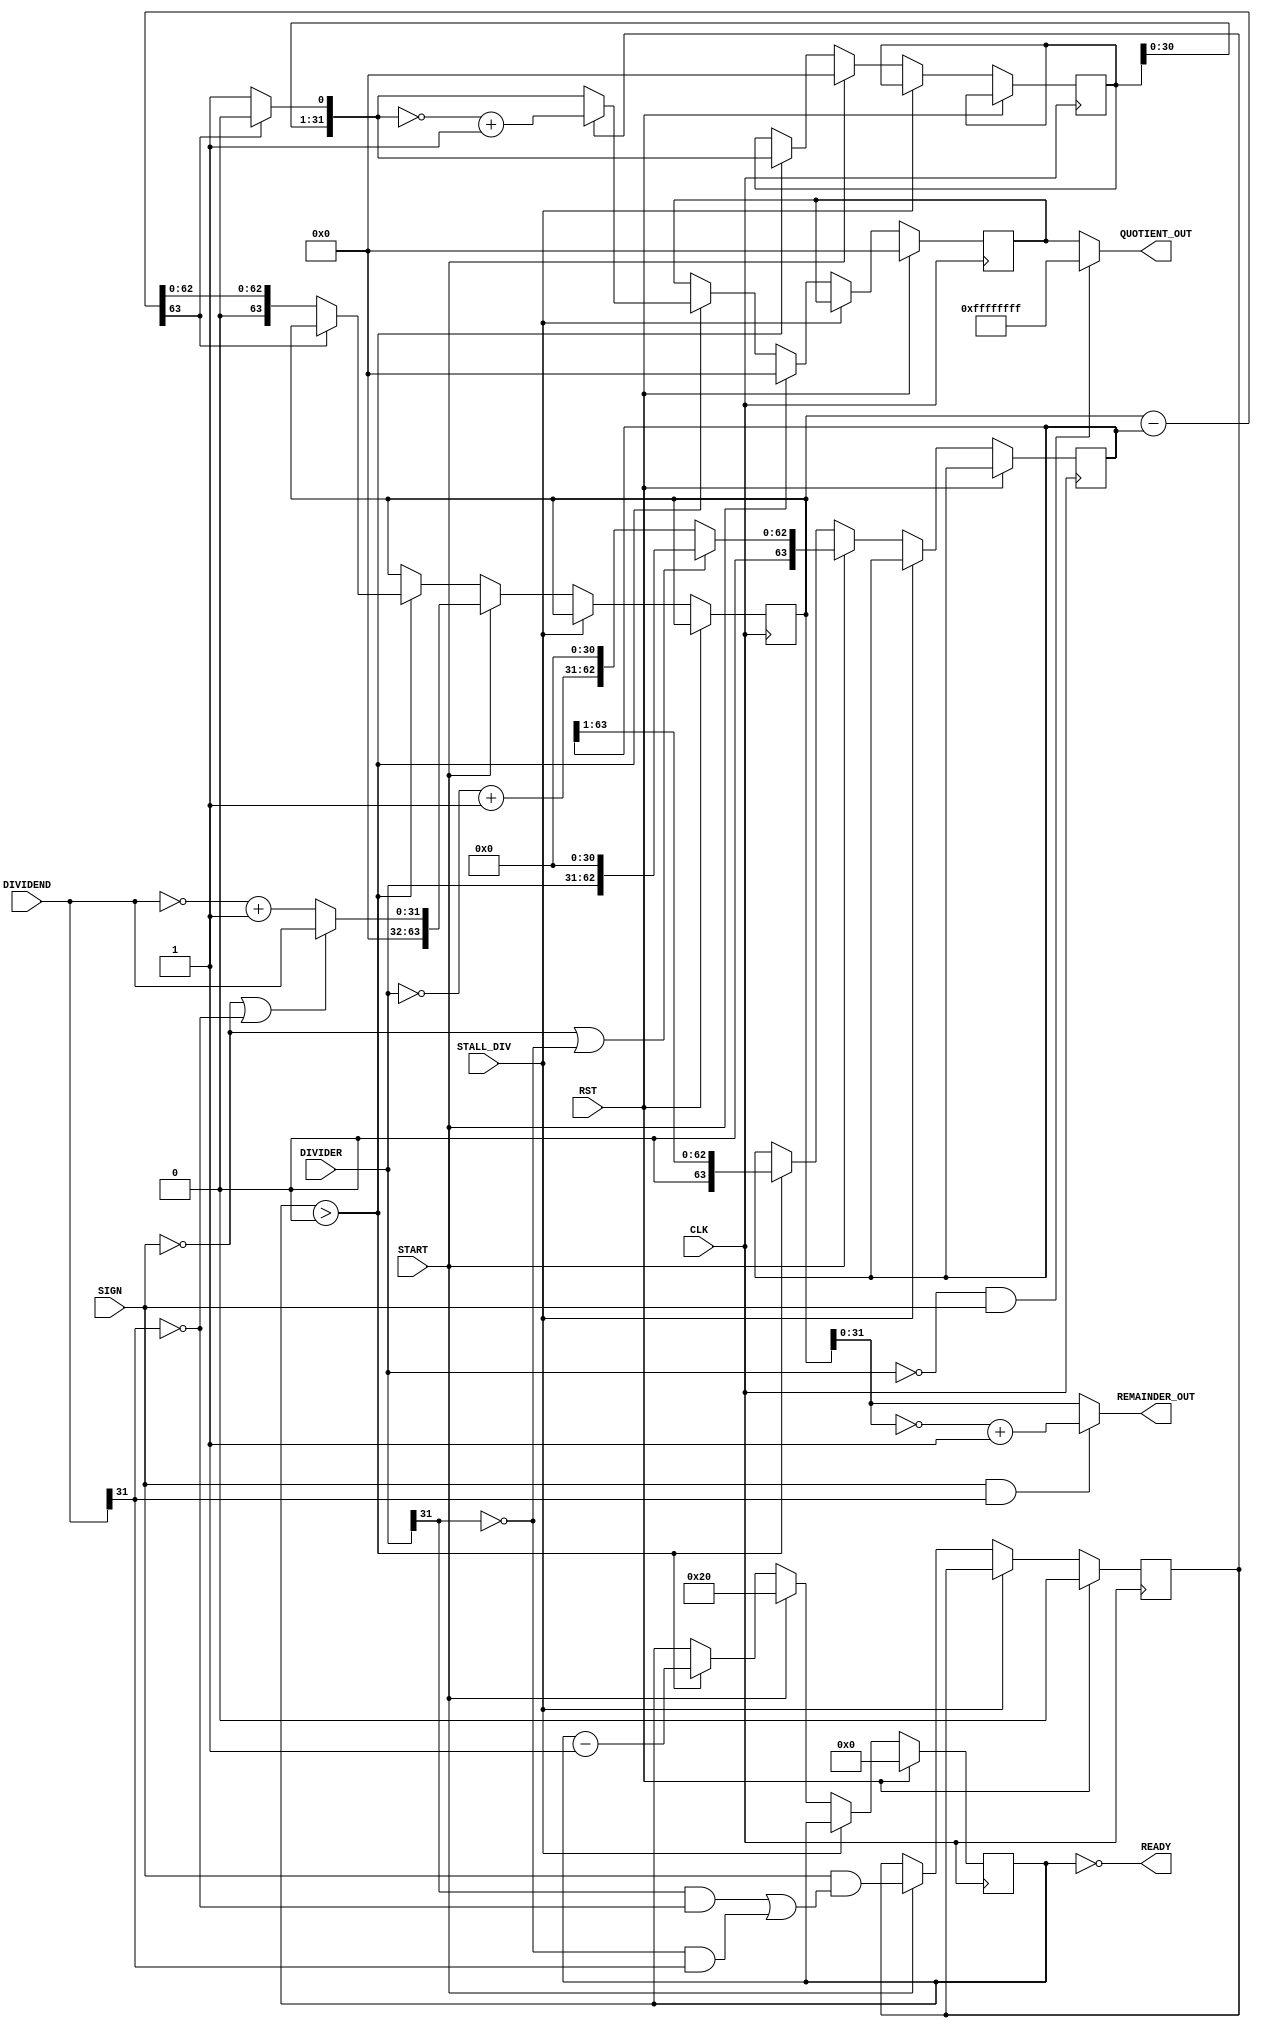
`timescale 1ns / 1ps
//////////////////////////////////////////////////////////////////////////////////
// Company: 
// 
// Design Name: 
// Module Name: Multiplication
// Project Name: 
// Target Devices: 
// Tool Versions: 
// Description: 
// 
// Dependencies: 
// 
// Revision:
// Revision 0.01 - File Created
// Additional Comments:
// 
//////////////////////////////////////////////////////////////////////////////////


module Division #(
        parameter INPUT_WIDTH   =   32
    ) (
        input                                       CLK                                 ,
        input                                       RST                                 ,
        input                                       STALL_DIV                           ,
        input                                       START                               ,
        input                                       SIGN                                ,
        input   [INPUT_WIDTH - 1            :0]     DIVIDEND                            ,
        input   [INPUT_WIDTH - 1            :0]     DIVIDER                             ,
        output  [INPUT_WIDTH - 1            :0]     QUOTIENT_OUT                        ,
        output  [INPUT_WIDTH - 1            :0]     REMAINDER_OUT                       ,
        output                                      READY               
    );

        reg     [INPUT_WIDTH - 1            :0]     quotient                            ;
        reg     [INPUT_WIDTH - 1            :0]     quotient_temp                       ;
        wire     [INPUT_WIDTH - 1            :0]     quotient_shift                      ;
        wire     [INPUT_WIDTH - 1            :0]     quotient_temp_wire                       ;
        reg     [2*INPUT_WIDTH - 1          :0]     dividend_copy                       ;
        reg     [2*INPUT_WIDTH - 1          :0]     divider_copy                        ;
    //    wire     [2*INPUT_WIDTH - 1          :0]     divider_copy_wire                        ;
        wire     [2*INPUT_WIDTH - 1          :0]     diff                                ;
        reg                                         negative_output                     ;
        
        reg     [$clog2(INPUT_WIDTH)        :0]     bit_reg                                 ;

   
        assign  READY = !bit_reg                                                            ;

        initial
        begin
       
        end

        always @( posedge CLK ) 
        begin
            if(RST) begin
                bit_reg         <=0;
                quotient        <= 0                                 ;
                // bit_reg         <= 0                                 ;
                negative_output <= 0                                 ;
            end
            else if(!STALL_DIV)
            begin
                if( START ) 
                begin
                    bit_reg             <= 1 << ( $clog2(INPUT_WIDTH)  ) ;
                    quotient        <= 0;
                    quotient_temp   <= 0;
                    dividend_copy   <= (!SIGN || !DIVIDEND[INPUT_WIDTH - 1]) ? 
                                      {{INPUT_WIDTH{1'b0}},DIVIDEND} : 
                                      {{INPUT_WIDTH{1'b0}},~DIVIDEND + 1'b1};
                                      
                    divider_copy    <= (!SIGN || !DIVIDER[INPUT_WIDTH - 1]) ? 
                                      {1'b0,DIVIDER,{(INPUT_WIDTH-1){1'b0}}} : 
                                      {1'b0,~DIVIDER + 1'b1,{(INPUT_WIDTH-1){1'b0}}};
            
                    negative_output <= SIGN &&
                                      ((DIVIDER[INPUT_WIDTH-1] && !DIVIDEND[INPUT_WIDTH-1]) 
                                    ||(!DIVIDER[INPUT_WIDTH-1] && DIVIDEND[INPUT_WIDTH-1]));
                 end 
                 else if ( bit_reg > 0 ) 
                 begin
                   
            
                    quotient_temp <= quotient_temp_wire;
            
                    if( !diff[2*INPUT_WIDTH-1] ) 
                    begin
                        dividend_copy <= diff;
                    end
            
                    quotient      <= (!negative_output) ? 
                                    quotient_temp_wire : 
                                    ~quotient_temp_wire + 1'b1;
            
                    divider_copy  <= divider_copy >> 1;
                    bit_reg        <= bit_reg - 1'b1;
                 end
            end
        end
        // assign divider_copy_wire = !diff[2*INPUT_WIDTH-1]? diff: divider_copy;
        assign quotient_shift = quotient_temp <<1;
        assign quotient_temp_wire =  !diff[2*INPUT_WIDTH-1]? {quotient_shift[INPUT_WIDTH-1:1],1'b1}: quotient_shift;
        assign diff= dividend_copy - divider_copy;
        assign QUOTIENT_OUT     = ((DIVIDER==0) & SIGN) ? -1: quotient                    ;
        assign REMAINDER_OUT    = (SIGN && DIVIDEND[INPUT_WIDTH-1] ) ? ~dividend_copy[INPUT_WIDTH - 1:0] + 1'b1 : dividend_copy[INPUT_WIDTH - 1:0]  ;

              
endmodule